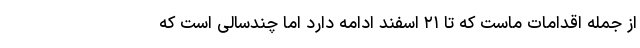
از جمله اقدامات ماست که تا ۲۱ اسفند ادامه دارد اما چندسالی است که